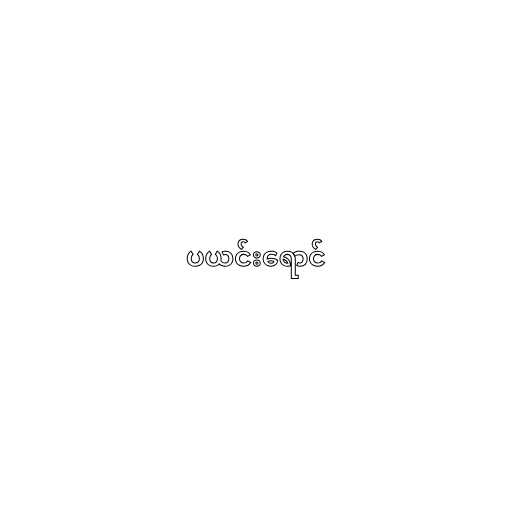
ပယင်းရောင်